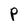
Character: P